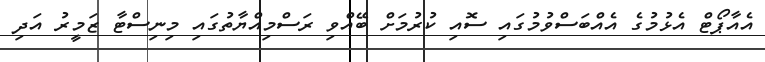
އެއާާޕޯޓް އެޅުމުގެ އެއްބަސްވުމުގައި ސޮއި ކުރުމަށް ބޭއްވި ރަސްމިއްޔާތުގައި މިނިސްޓާ ޒަމީރު އަދި